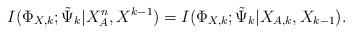
LaTeX: \begin{align*}I(\Phi_{X,k};\tilde{\Psi}_k |X_{A}^n,X^{k-1})&= I(\Phi_{X,k};\tilde{\Psi}_k |X_{A,k},X_{k-1}).\end{align*}